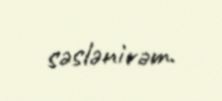
səslənirəm.